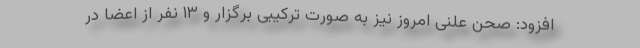
افزود: صحن علنی امروز نیز به صورت ترکیبی برگزار و ۱۳ نفر از اعضا در